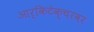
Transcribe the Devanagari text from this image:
आर्किटेक्चरवर